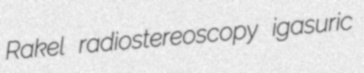
Rakel radiostereoscopy igasuric